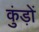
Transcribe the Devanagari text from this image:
कुंड़ों